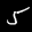
Label: 5